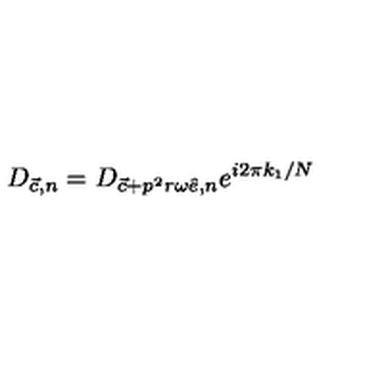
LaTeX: D _ { { \vec { c } } , n } = D _ { { \vec { c } } + p ^ { 2 } r \omega { \hat { e } } , n } e ^ { i 2 \pi k _ { 1 } / N }